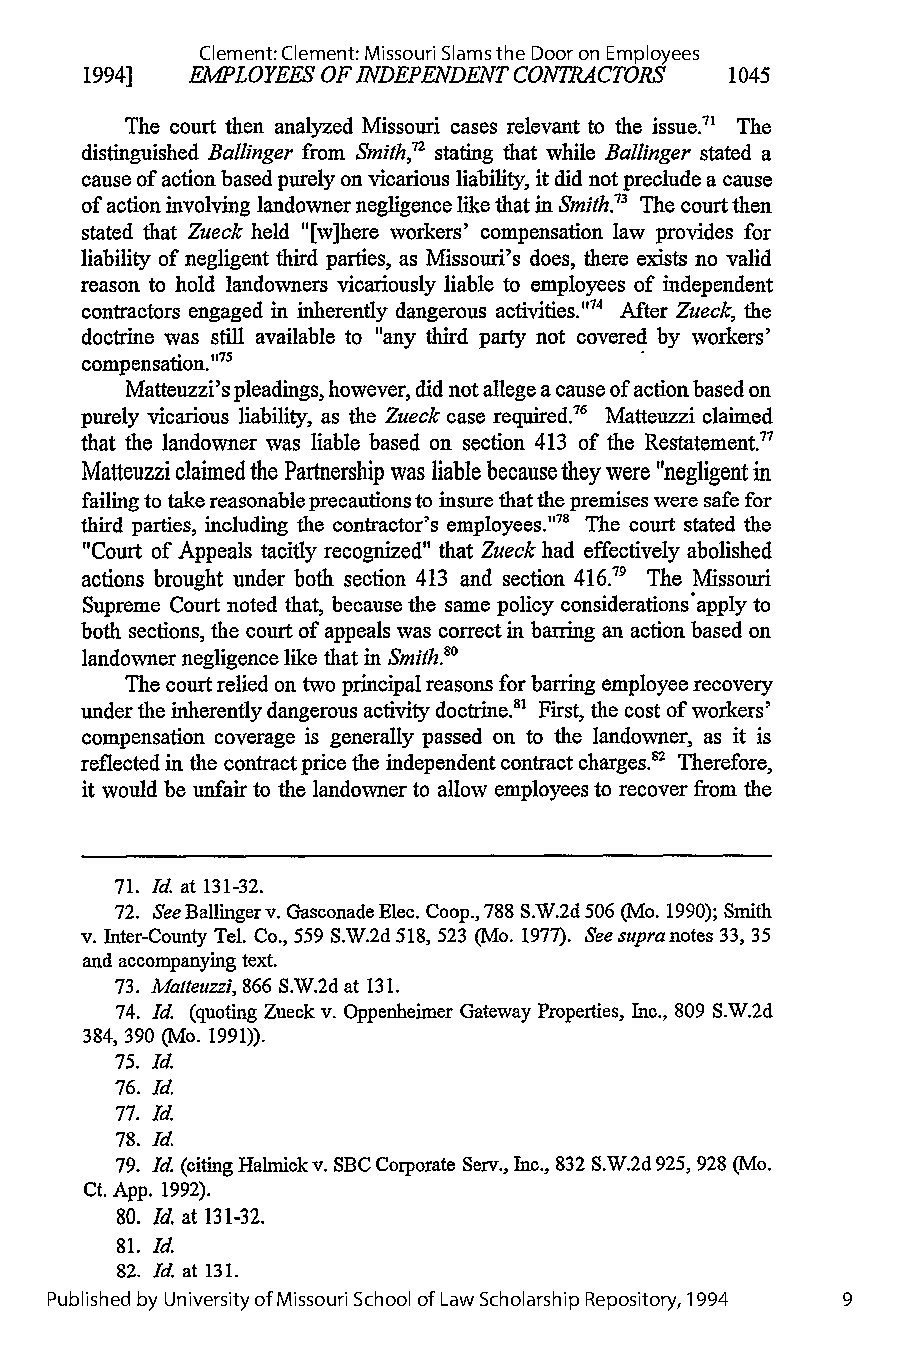
Clement: Clement: Missouri Slams the Door on Employees
 1994] EMPLOYEES OFI NDEPENDENT CONTRACTORS 1045
 The court then analyzed Missouri cases relevant to the issue." The
 distinguished Ballinger from Smith,72 stating that while Ballinger stated a
 cause of action based purely on vicarious liability, it did not preclude a cause
 of action involving landowner negligence like that in Smith.3 The court then
 stated that Zueck held "[w]here workers' compensation law provides for
 liability of negligent third parties, as Missouri's does, there exists no valid
 reason to hold landowners vicariously liable to employees of independent
 contractors engaged in inherently dangerous activities."'4 After Zueck, the
 doctrine was still available to "any third party not covered by workers'
 compensation."75
 Matteuzzi's pleadings, however, did not allege a cause of action based on
 purely vicarious liability, as the Zueck case required. 6 Matteuzzi claimed
 that the landowner was liable based on section 413 of the Restatement.7
 Matteuzzi claimed the Partnership was liable because they were "negligent in
 failing to take reasonable precautions to insure that the premises were safe for
 third parties, including the contractor's employees.'M The court stated the
 "Court of Appeals tacitly recognized" that Zueck had effectively abolished
 actions brought under both section 413 and section 416." The Missouri
 Supreme Court noted that, because the same policy considerations'apply to
 both sections, the court of appeals was correct in barring an action based on
 landowner negligence like that in Smith."0
 The court relied on two principal reasons for barring employee recovery
 under the inherently dangerous activity doctrine.81 First, the cost of workers'
 compensation coverage is generally passed on to the landowner, as it is
 reflected in the contract price the independent contract chargesY Therefore,
 it would be unfair to the landowner to allow employees to recover from the
 71. Id. at 131-32.
 72. See Ballinger v. Gasconade Elec. Coop., 788 S.W.2d 506 (Mo.19 90); Smith
 v. Inter-County Tel. Co., 559 S.W.2d 518, 523 (Mo. 1977). See supranotes 33, 35
 and accompanying text.
 73. Matteuzzi, 866 S.W.2d at 131.
 74. Id. (quoting Zueck v. Oppenheimer Gateway Properties, Inc., 809 S.W.2d
 384, 390 (Mo. 1991)).
 75. Id.
 76. Id.
 77. Id.
 78. Id.
 79. Id. (citing Halmick v. SBC Corporate Serv., Inc., 832 S.W.2d 925, 928 (Mo.
 Ct. App. 1992).
 80. Id. at 131-32.
 81. Id.
 82. Id. at 131.
 Published by University of Missouri School of Law Scholarship Repository, 1994 9